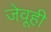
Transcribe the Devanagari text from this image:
जेवूही